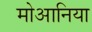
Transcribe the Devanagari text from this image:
मोआनिया